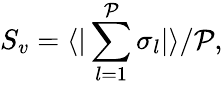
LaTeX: S_{v}=\langle|\sum_{l=1}^{\cal P}{\sigma_{l}}|\rangle/{\cal P},